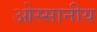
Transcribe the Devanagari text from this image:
ओस्सानीय